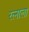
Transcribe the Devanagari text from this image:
रत्‍नाला